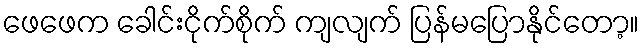
ဖေဖေက ခေါင်းငိုက်စိုက် ကျလျက် ပြန်မပြောနိုင်တော့။